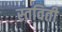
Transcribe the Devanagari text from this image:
स्तविती